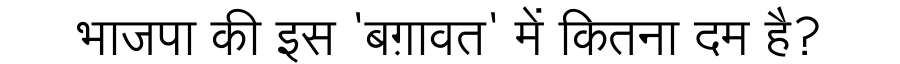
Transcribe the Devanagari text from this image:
भाजपा की इस 'बग़ावत' में कितना दम है?